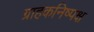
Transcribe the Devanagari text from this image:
ग्राहकनिष्पक्ष